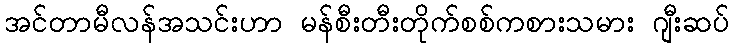
အင်တာမီလန်အသင်းဟာ မန်စီးတီးတိုက်စစ်ကစားသမား ဂျီးဆပ်